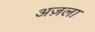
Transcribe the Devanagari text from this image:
अज़ला